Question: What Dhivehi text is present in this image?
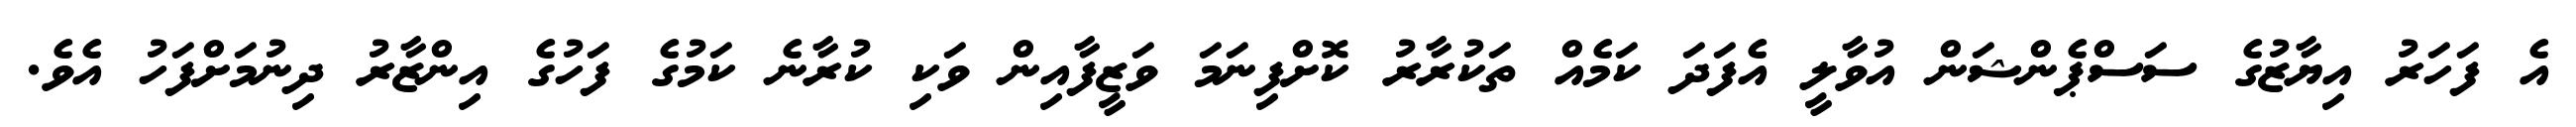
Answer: އެ ފަހަރު އިޔާޒުގެ ސަސްޕެންޝަން އުވާލީ އެފަދަ ކަމެއް ތަކުރާރު ކޮށްފިނަމަ ވަޒީފާއިން ވަކި ކުރާނެ ކަމުގެ ފަހުގެ އިންޒާރު ދިނުމަށްފަހު އެވެ.